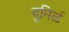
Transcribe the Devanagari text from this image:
दुमिर्ळ